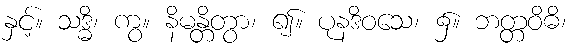
နှင့်။ သဒ္ဓိ၊ ကွ။ နိမန္တိတွာ၊ ၍။ ပုနဒိဝသေ၊ ၌။ ဘတ္တဝိဓိ၊